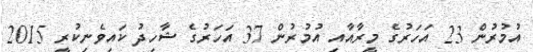
އުމުރުން 23 އަހަރުގެ މީރާއާއި އުމުރުން 37 އަހަރުގެ ޝާހިދު ކައިވެނިކުރީ 2015